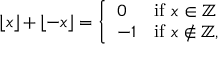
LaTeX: \lfloor x \rfloor + \lfloor - x \rfloor = { \left\{ \begin{array} { l l } { 0 } & { { \mathrm { i f ~ } } x \in \mathbb { Z } } \\ { - 1 } & { { \mathrm { i f ~ } } x \not \in \mathbb { Z } , } \end{array} \right. }